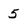
Character: 5